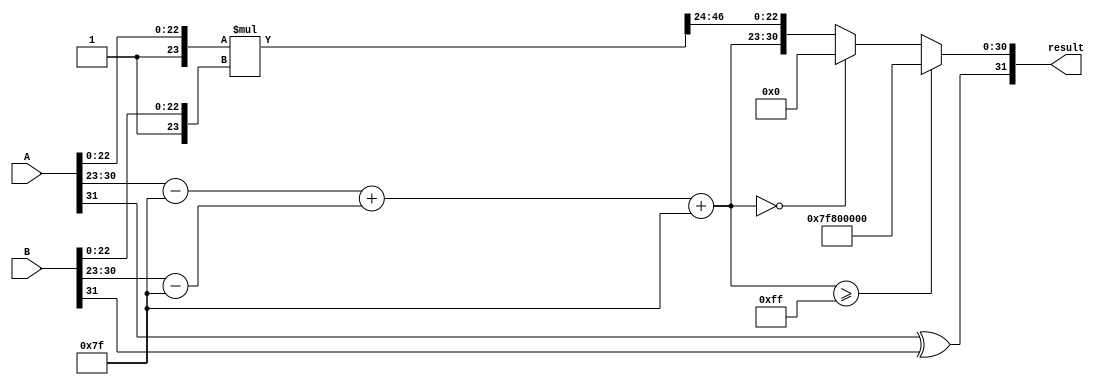
module floating_point_multiplier (
    input [31:0] A, // First floating point operand
    input [31:0] B, // Second floating point operand
    output reg [31:0] result // Result of floating point multiplication
);
    
    // Constants
    localparam BIAS = 127;
    localparam MANTISSA_WIDTH = 23;

    // Extracting components of A
    wire S1 = A[31]; // Sign of A
    wire [7:0] E1 = A[30:23]; // Exponent of A
    wire [MANTISSA_WIDTH-1:0] M1 = A[22:0]; // Mantissa of A

    // Extracting components of B
    wire S2 = B[31]; // Sign of B
    wire [7:0] E2 = B[30:23]; // Exponent of B
    wire [MANTISSA_WIDTH-1:0] M2 = B[22:0]; // Mantissa of B

    // Sign calculation
    wire S_result = S1 ^ S2;

    // Exponent calculation
    wire [8:0] E_result_raw = (E1 - BIAS) + (E2 - BIAS) + BIAS; // Raw exponent
    wire [7:0] E_result = E_result_raw[7:0]; // Result exponent

    // Mantissa calculation with implicit leading one
    wire [24:0] M1_prime = {1'b1, M1}; // M1' = 1.M1
    wire [24:0] M2_prime = {1'b1, M2}; // M2' = 1.M2
    wire [49:0] M_result_raw = M1_prime * M2_prime; // M_result = M1' * M2'

    // Normalization
    reg [24:0] M_result;
    reg [7:0] E_final;
    
    always @* begin
        // Default assignments
        M_result = 0;
        E_final = 0;

        // Check for normalization
        if (M_result_raw[49]) begin
            // Result is greater than or equal to 2
            M_result = M_result_raw[48:25]; // Right shift by 1
            E_final = E_result + 1; // Increment exponent
        end else begin
            // Result is less than 2, we need to normalize
            M_result = M_result_raw[47:24]; // Keep mantissa as is
            E_final = E_result; // Keep exponent unchanged
        end

        // Check for overflow
        if (E_final >= 8'b11111111) begin
            // Set result to infinity
            result = {S_result, 8'b11111111, 23'b0};
        // Check for underflow
        end else if (E_final == 8'b0) begin
            // Set result to zero
            result = {S_result, 8'b0, 23'b0};
        end else begin
            // Assemble result
            result = {S_result, E_final, M_result[22:0]}; // Result: |S_result|E_result|M_result|
        end
    end
    
endmodule